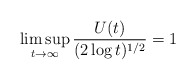
\begin{align*}\limsup_{t\to\infty}\frac{U(t)}{(2\log t)^{1/2}}=1\qquad\end{align*}